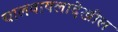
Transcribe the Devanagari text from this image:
चालवायलादेखील